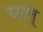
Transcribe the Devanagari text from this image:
पल्